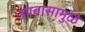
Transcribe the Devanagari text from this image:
उपवासामुळे